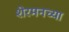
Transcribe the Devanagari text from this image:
शेरमनच्या